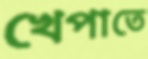
খেপাতে